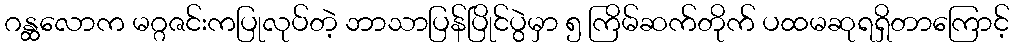
ဂန္ထလောက မဂ္ဂဇင်းကပြုလုပ်တဲ့ ဘာသာပြန်ပြိုင်ပွဲမှာ ၅ ကြိမ်ဆက်တိုက် ပထမဆုရရှိတာကြောင့်